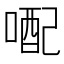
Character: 𪡭